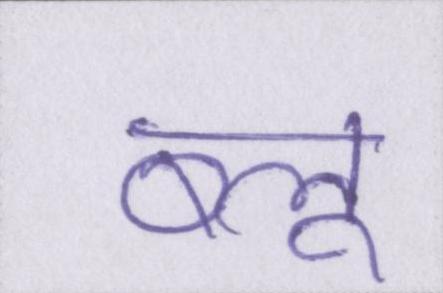
ब्लू